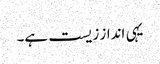
یہی انداز زیست ہے۔